Epidemic dropsy in Calcutta - Number 49
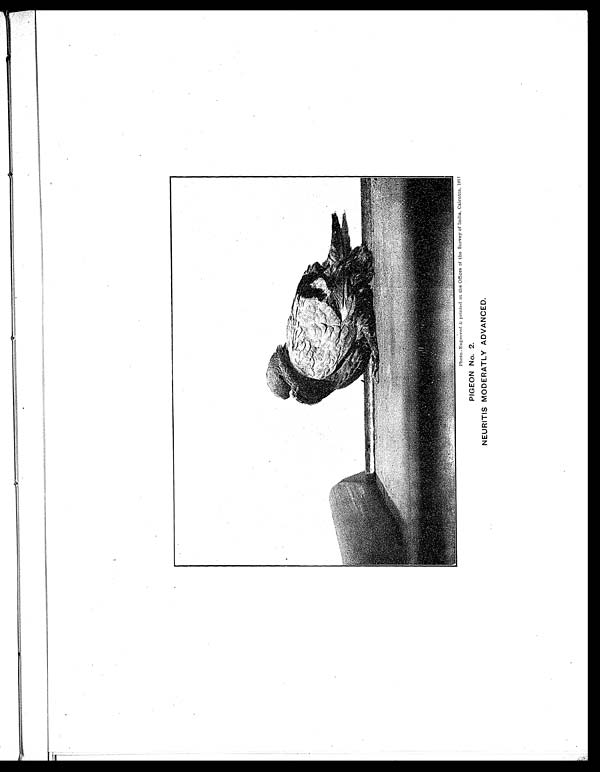
Photo.-Engraved &. printed at the Offices of the Survey of India, Calcutta, 1911
PIGEON No. 2.
NEURITIS MODERATLY ADVANCED.